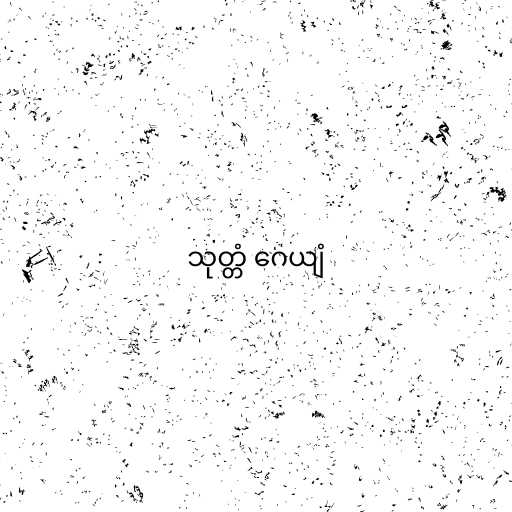
သုတ္တံ ဂေယျံ